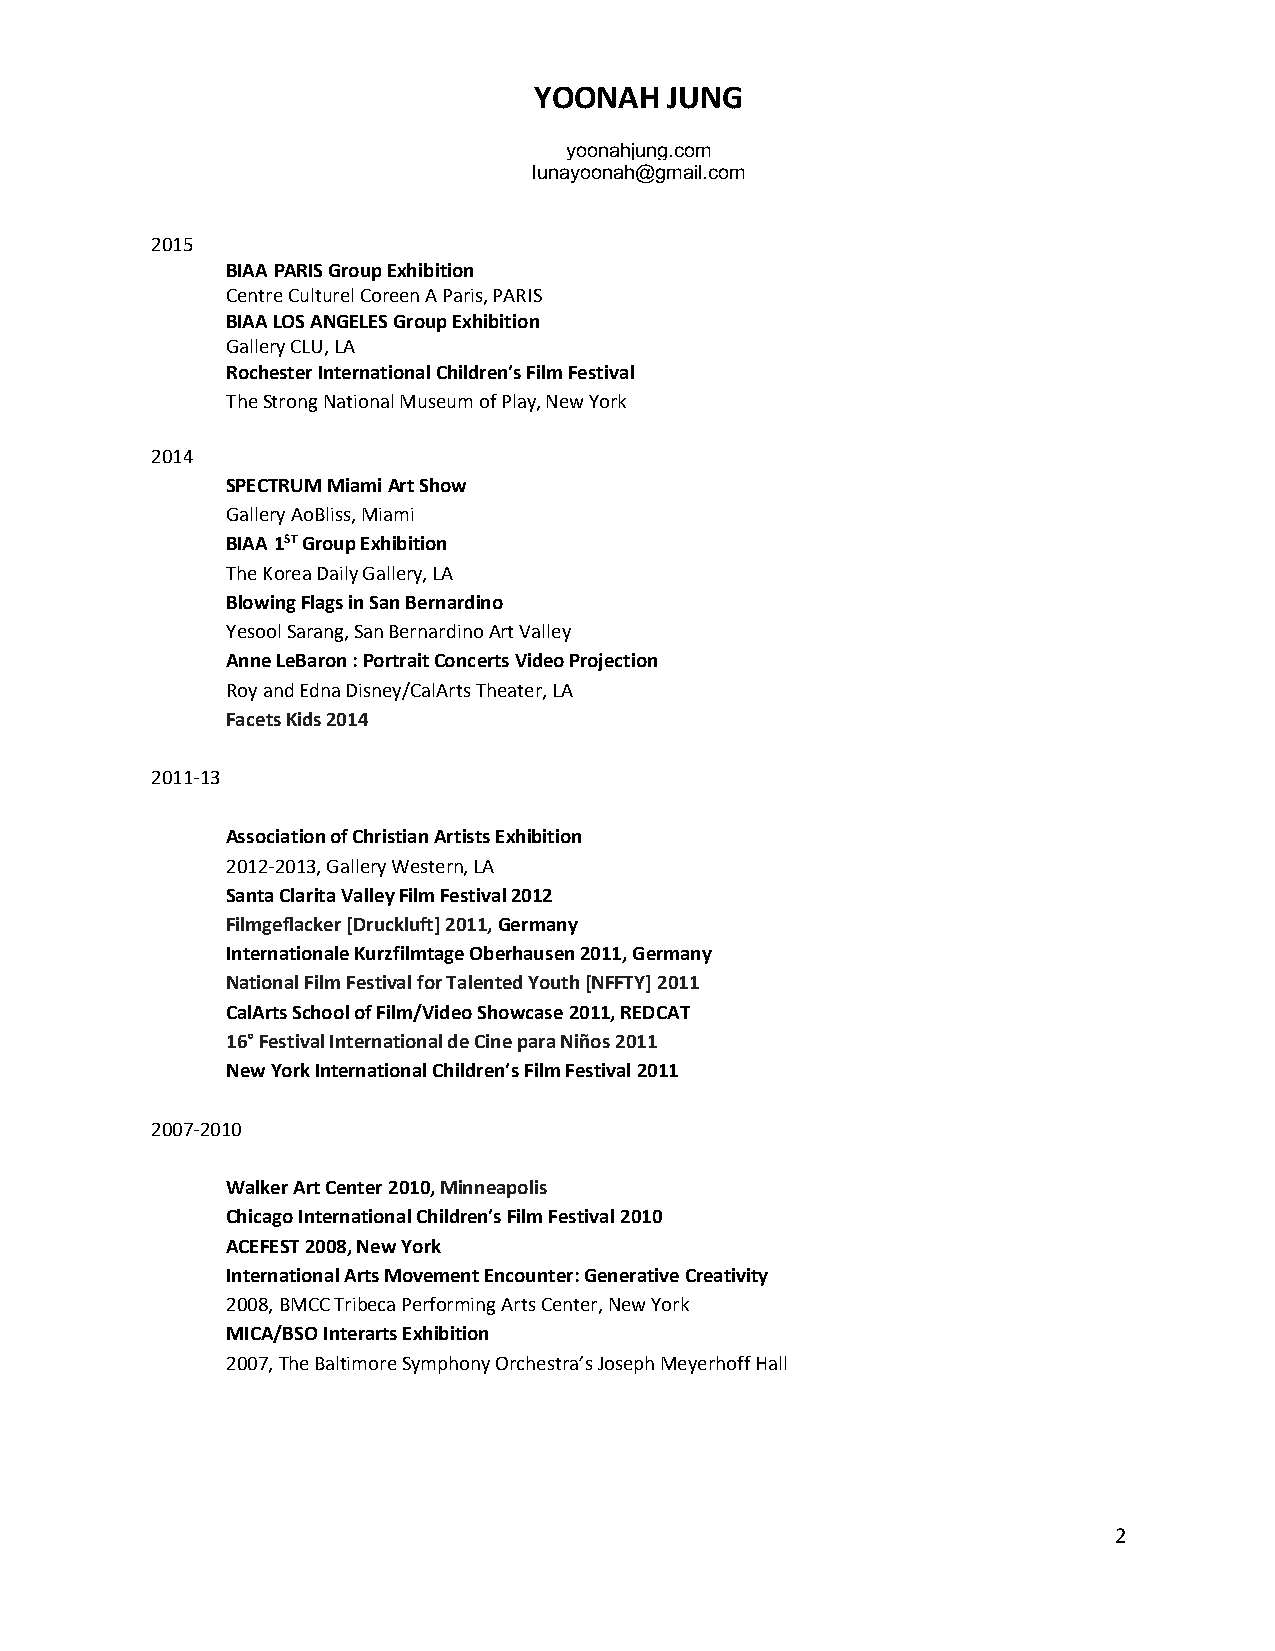
YOONAH   JUNG
 yoonahjung.com
 lunayoonah@gmail.com
 2015
 BIAA PARIS Group Exhibition
 Centre Culturel Coreen A Paris, PARIS
 BIAA LOS ANGELES Group Exhibition
 Gallery CLU, LA
 Rochester International Children’s Film Festival
 The Strong National Museum of Play, New York
 2014
 SPECTRUM Miami Art Show
 Gallery AoBliss, Miami
 BIAA 1ST Group Exhibition
 The Korea Daily Gallery, LA
 Blowing Flags in San Bernardino
 Yesool Sarang, San Bernardino Art Valley
 Anne LeBaron : Portrait Concerts Video Projection
 Roy and Edna Disney/CalArts Theater, LA
 Facets Kids 2014
 2011-13
 Association of Christian Artists Exhibition
 2012-2013, Gallery Western, LA
 Santa Clarita Valley Film Festival 2012
 Filmgeflacker [Druckluft] 2011, Germany
 Internationale Kurzfilmtage Oberhausen 2011, Germany
 National Film Festival for Talented Youth [NFFTY] 2011
 CalArts School of Film/Video Showcase 2011, REDCAT
 16° Festival International de Cine para Niños 2011
 New York International Children’s Film Festival 2011
 2007-2010
 Walker Art Center 2010, Minneapolis
 Chicago International Children’s Film Festival 2010
 ACEFEST 2008, New York
 International Arts Movement Encounter: Generative Creativity
 2008, BMCC Tribeca Performing Arts Center, New York
 MICA/BSO Interarts Exhibition
 2007, The Baltimore Symphony Orchestra’s Joseph Meyerhoff Hall
 2